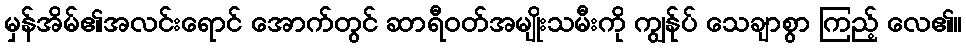
မှန်အိမ်၏အလင်းရောင် အောက်တွင် ဆာရီဝတ်အမျိုးသမီးကို ကျွန်ုပ် သေချာစွာ ကြည့် လေ၏။